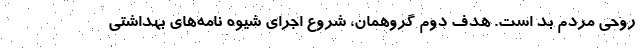
روحی مردم بد است. هدف دوم گروهمان، شروع اجرای شیوه نامه‌های بهداشتی